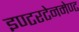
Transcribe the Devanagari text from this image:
इण्टरटेनमेण्ट